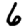
Digit: 6